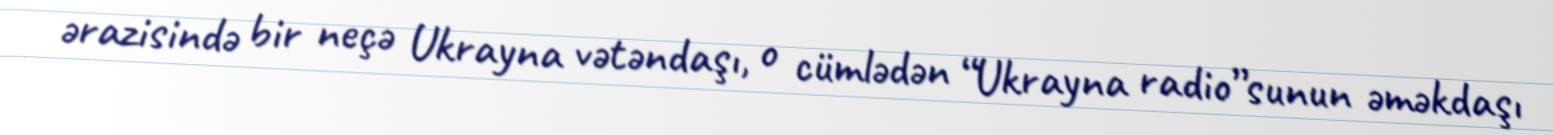
ərazisində bir neçə Ukrayna vətəndaşı, o cümlədən “Ukrayna radio”sunun əməkdaşı